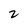
Character: 2